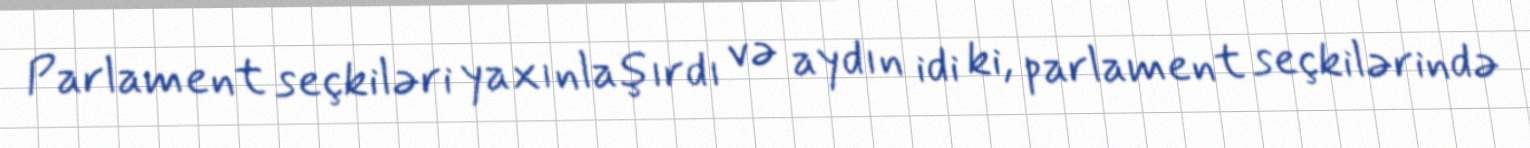
Parlament seçkiləri yaxınlaşırdı və aydın idi ki, parlament seçkilərində